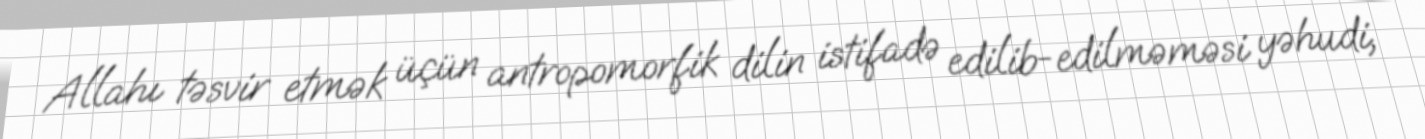
Allahı təsvir etmək üçün antropomorfik dilin istifadə edilib-edilməməsi yəhudi,